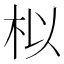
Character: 𮲯